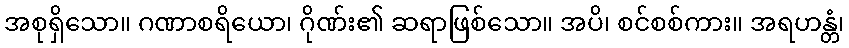
အစုရှိသော။ ဂဏာစရိယော၊ ဂိုဏ်း၏ ဆရာဖြစ်သော။ အပိ၊ စင်စစ်ကား။ အရဟန္တံ၊